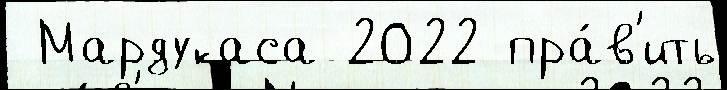
 Мардукаса 2022 пра́в'ить